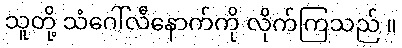
သူတို့ သံဂေါ်လီနောက်ကို လိုက်ကြသည် ။